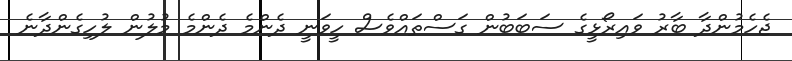
ޖެހެމުންދާ ބާރު ވައިރޯޅީގެ ސަބަބުން ގަސްތައްވެސް ހީވަނީ ދެންމެ ދެންމެ މުލުން ލުހިގެންދާނެ